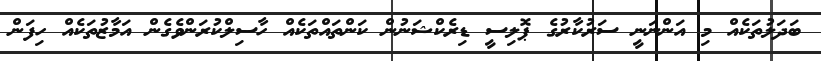
ބަދަލުތަކެއް މި އަންނަނީ ސަރުކާރުގެ ޕޮލިސީ ޑިރެކްޝަނުން ކަންތައްތަކެއް ހާސިލްކުރަންވެގެން އަމާޒުތަކެއް ހިފަން